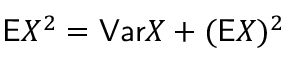
\mathsf E X ^ { 2 } = \mathsf { V a r } X + ( \mathsf E X ) ^ { 2 }